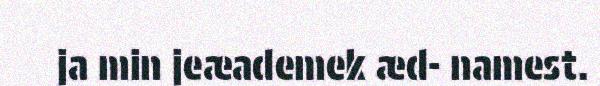
ja min jeæademek æd- namest.